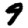
Digit: 9